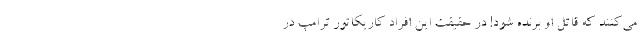
مي‌كنند كه قاتل او برنده شود! در حقيقت اين افراد كاريكاتور ترامپ در